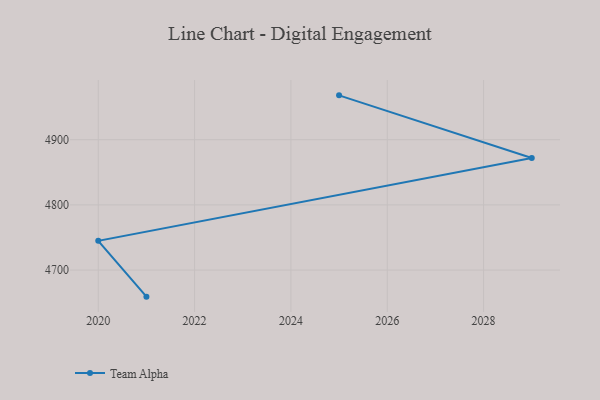
{"axis": {"x": "Year", "y": "Shipments"}, "legend": ["Team Alpha"], "data": [{"x": "2021", "y": 4659.2, "type": "Team Alpha"}, {"x": "2020", "y": 4744.8, "type": "Team Alpha"}, {"x": "2029", "y": 4871.8, "type": "Team Alpha"}, {"x": "2025", "y": 4968.0, "type": "Team Alpha"}]}